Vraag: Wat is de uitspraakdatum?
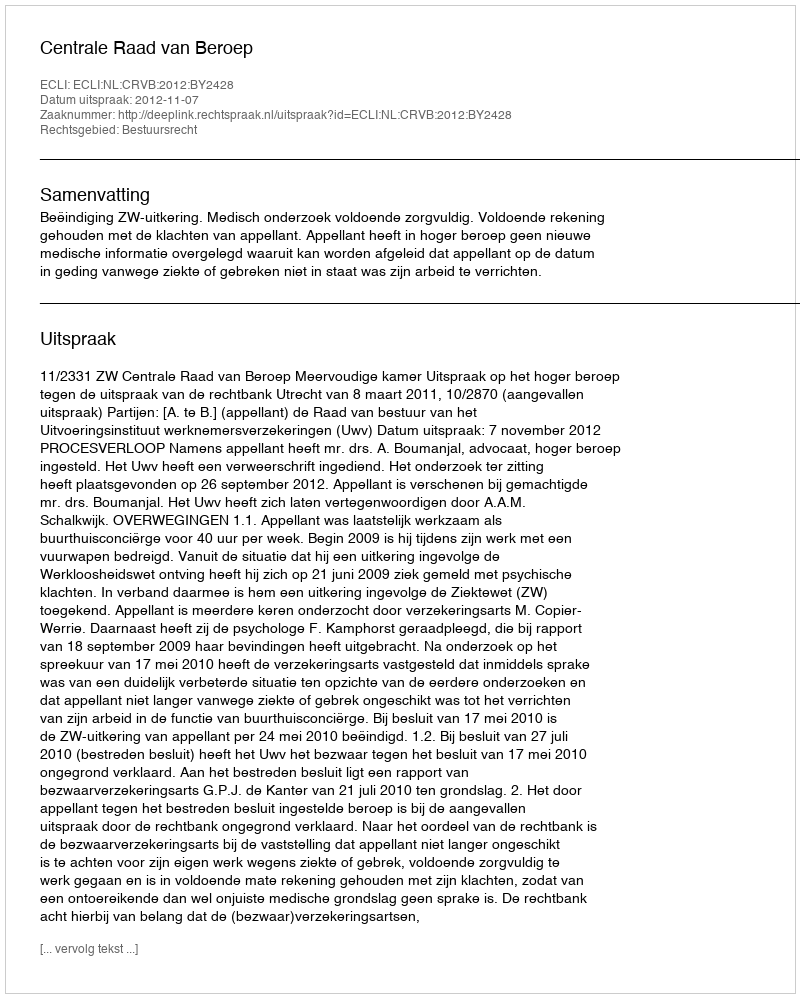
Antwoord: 2012-11-07